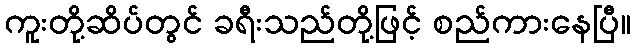
ကူးတို့ဆိပ်တွင် ခရီးသည်တို့ဖြင့် စည်ကားနေပြီ။